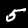
Digit: 5